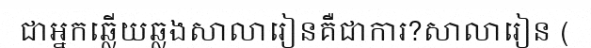
ជាអ្នកឆ្លើយឆ្លងសាលារៀនគឺជាការ?សាលារៀន (